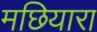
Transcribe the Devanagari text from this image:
मछियारा